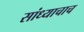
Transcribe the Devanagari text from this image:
सांध्याचाच